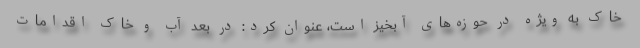
خاک به ویژه در حوزه‌های آبخیز است، عنوان کرد: در بعد آب و خاک اقدامات